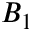
B _ { 1 }